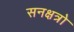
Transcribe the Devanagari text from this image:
सनक्षत्रो